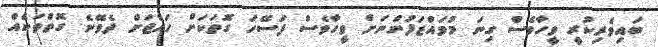
ބައިވެރިކުރީ ވީހާވެސް ގިނަ މުވައްޒަފުންނަށް ވީހާވެސް ފަސޭހަ ގޮތަކަށް ހައްޖަށް ދެވޭނެ ގޮތްތަކެއް